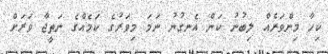
ކިހާ މިންވަރެއް ލިބުނު ކަން އެނގުނު ނަމަ މިވަރުގެ ކަމެއްގެ ނަތީޖާ ވަރަށް